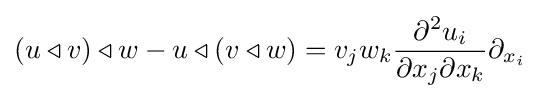
(u\triangleleft v)\triangleleft w-u\triangleleft (v\triangleleft w)=v_{j}w_{k}{\frac {\partial ^{2}u_{i}}{\partial x_{j}\partial x_{k}}}\partial _{x_{i}}